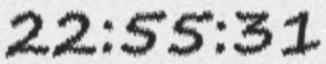
22:55:31